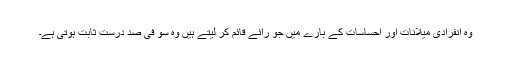
وہ انفرادی میلانات اور احساسات کے بارے میں جو رائے قائم کر لیتے ہیں وہ سو فی صد درست ثابت ہوتی ہے۔